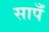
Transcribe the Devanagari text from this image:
सापँ